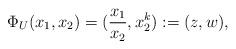
LaTeX: \begin{align*}\Phi_U(x_1,x_2) = (\frac {x_1}{x_2} , x_2^k) := (z,w),\end{align*}